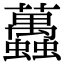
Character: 䘍